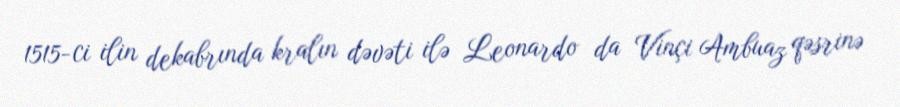
1515-ci ilin dekabrında kralın dəvəti ilə Leonardo da Vinçi Ambuaz qəsrinə